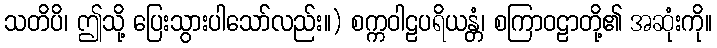
သတိပိ၊ ဤသို့ ပြေးသွားပါသော်လည်း။) စက္ကဝါဠပရိယန္တံ၊ စကြာဝဠာတို့၏ အဆုံးကို။